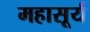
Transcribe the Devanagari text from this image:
महासूर्य